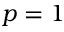
p = 1